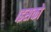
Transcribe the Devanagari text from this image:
।इसको